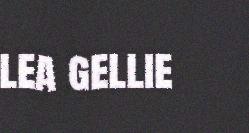
lea gellie